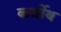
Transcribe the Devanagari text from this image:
कर्जोथ